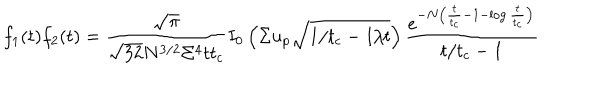
f _ { 1 } ( t ) f _ { 2 } ( t ) = \frac { \sqrt { \pi } } { \sqrt { 3 2 } N ^ { 3 / 2 } \Sigma ^ { 4 } t t _ { c } } I _ { 0 } \left( \Sigma u _ { p } \sqrt { 1 / t _ { c } - 1 / t } \right) \frac { e ^ { - N \left( \frac { t } { t _ { c } } - 1 - \log \frac { t } { t _ { c } } \right) } } { t / t _ { c } - 1 }